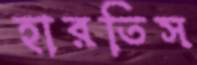
হারতিস